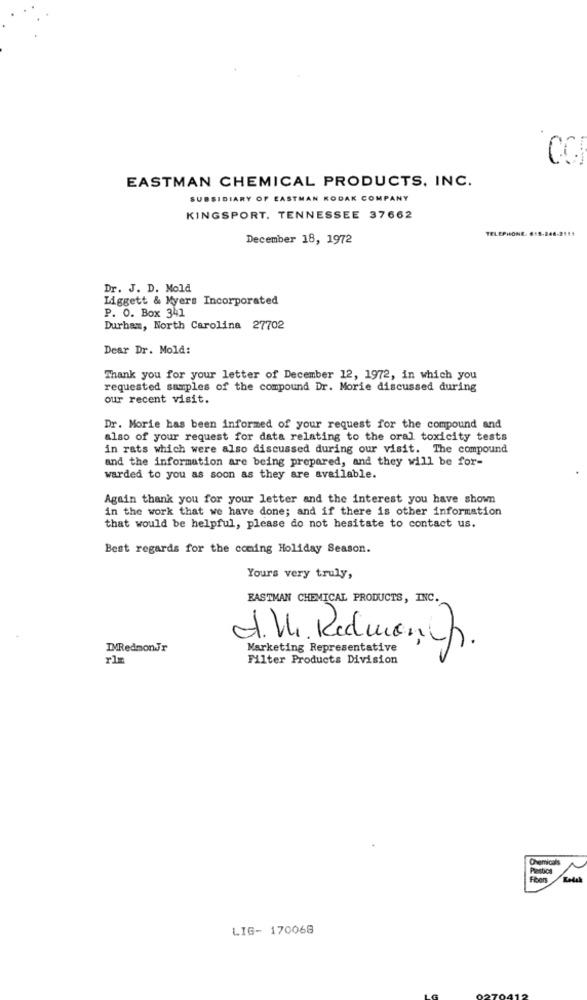
EASTMAN CHEMICAL PRODUCTS, INC.
SUBSIDIARY OF EASTMAN KODAK COMPANY
KINGSPORT. TENNESSEE 37662
TELEPHONE. 615.246-2111
December 18, 1972
Dr. J. D. Mold
Liggett & Myers Incorporated
P. O. Box 341
Durham, North Carolina 27702
Dear Dr. Mold:
Thank you for your letter of December 12, 1972, in which you
requested samples of the compound Dr. Morie discussed during
our recent visit.
Dr. Morie has been informed of your request for the compound and
also of your request for data relating to the oral toxicity tests
in rats which were also discussed during our visit. The compound
and the information are being prepared, and they will be for-
warded to you as soon as they are available.
Again thank you for your letter and the interest you have shown
in the work that we have done; and if there is other information
that would be helpful, please do not hesitate to contact us.
Best regards for the coming Holiday Season.
Yours very truly,
EASTMAN CHEMICAL PRODUCTS, INC.
A. M. Redmonth .
IMRedmonJr
Marketing Representative
rlm
Filter Products Division
Plastica
Foer
LIG- 170068